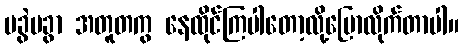
မခွဲမခွာ အတူတကွ နေထိုင်ကြပါတော့လို့ပြောလိုက်တာပါ။